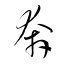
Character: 奔